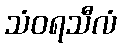
သံဝရသီလံ